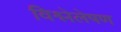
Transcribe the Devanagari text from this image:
विश्लेलेषण